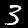
Digit: 3